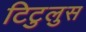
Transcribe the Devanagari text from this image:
टिटुलुस